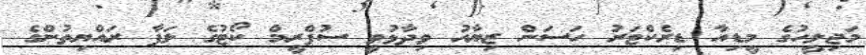
މަޖިލީހުގެ މީޑިއާ ޑިރެކްޓަރު ހަސަން ޒިޔާއު ވިދާޅުވީ ސުޕްރީމް ކޯޓުގެ ލަފާ ރައްޔިތުންގެ